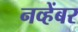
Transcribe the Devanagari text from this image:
नव्हेंबर